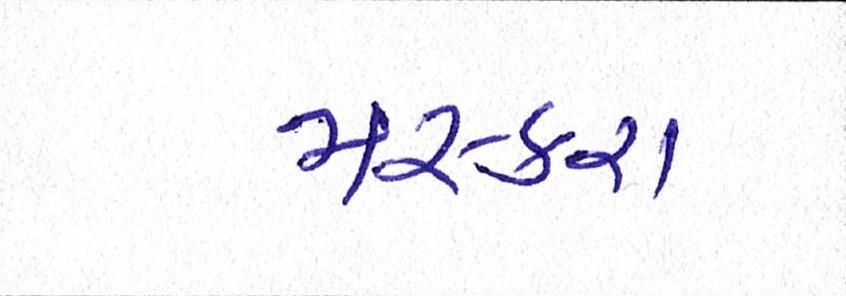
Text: મસ્કરા